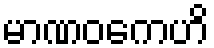
မာဏဝကေဟိ